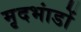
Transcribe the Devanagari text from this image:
मृदभांडों